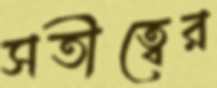
সতীত্বের